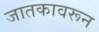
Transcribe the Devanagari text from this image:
जातकावरून